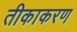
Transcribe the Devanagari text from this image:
तीकाकरण